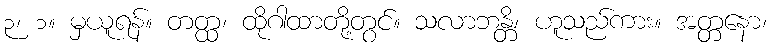
၃၊ ၁။ မှယူရန်။ တတ္ထ၊ ထိုဂါထာတို့တွင်။ သလာဘန္တိ၊ ဟူသည်ကား။ အတ္တနော၊